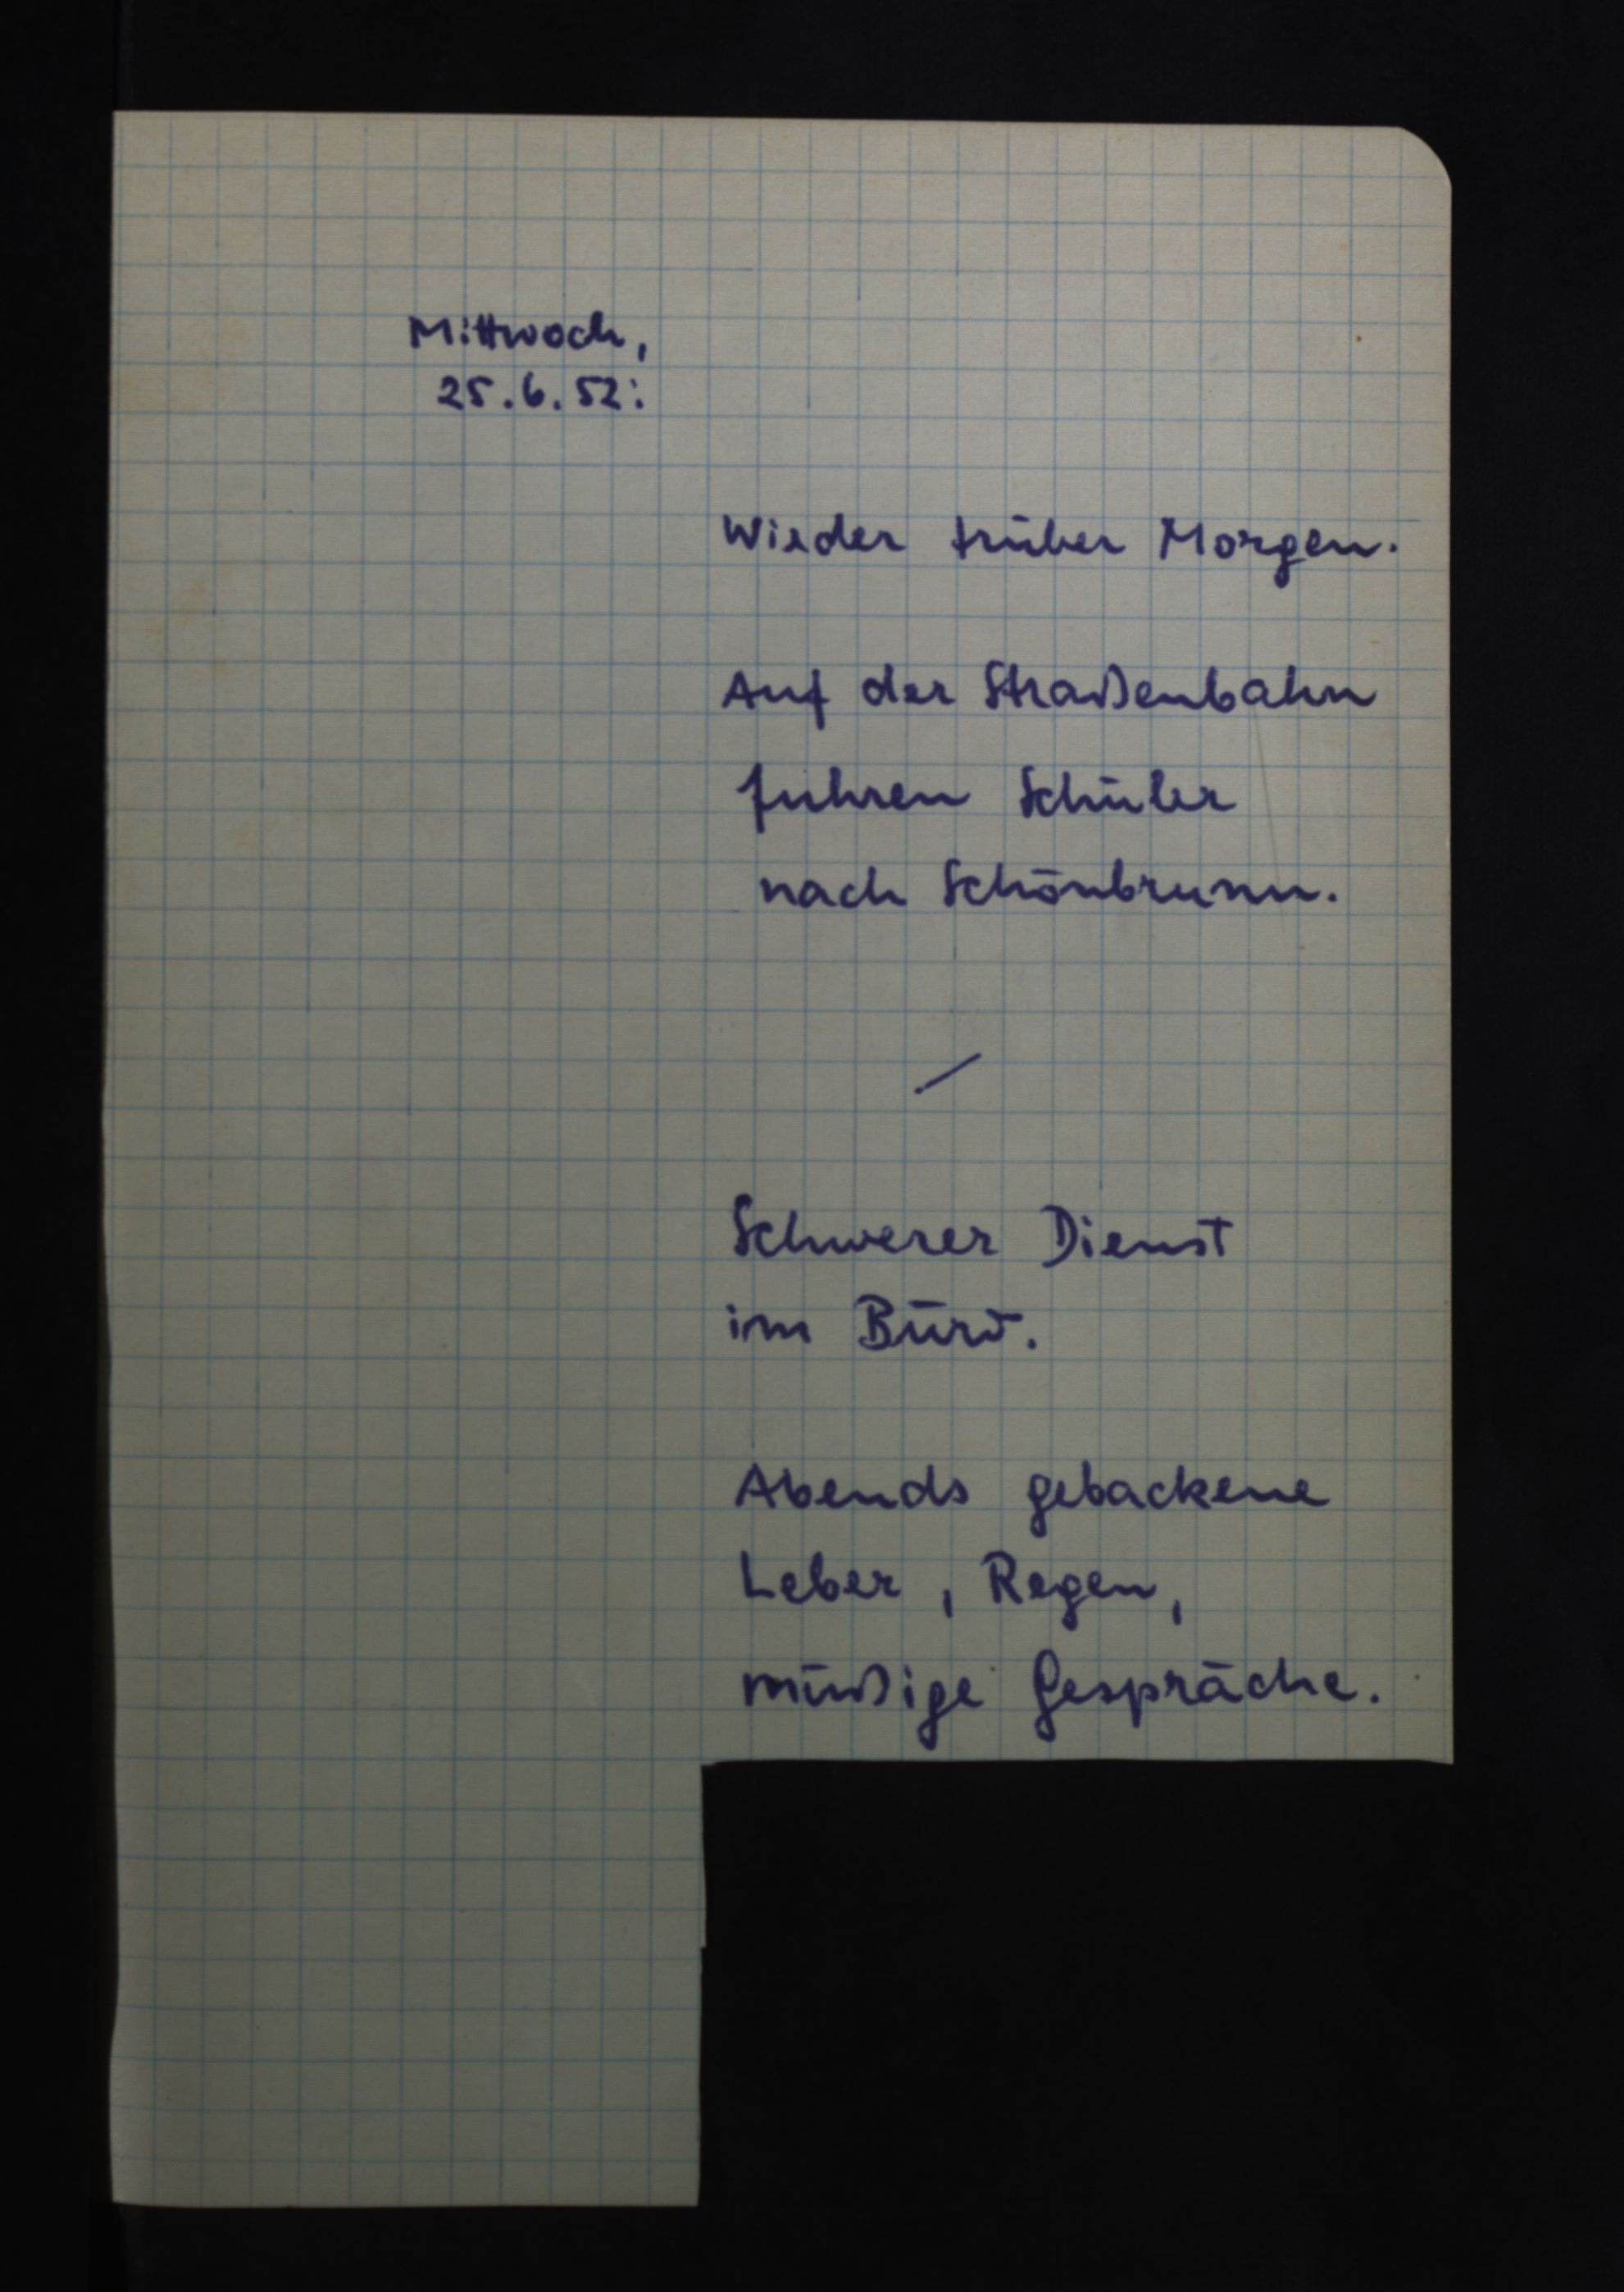
Mittwoch,
25.6.52:
Wieder trüber Morgen.
Auf der Straßenbahn
fuhren Schüler
nach Schönbrunn.
Schwerer Dienst
im Büro.
Abends gebackene
Leber, Regen,
müßige Gespräche.